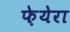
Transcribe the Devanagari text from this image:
फ़ेयेरा